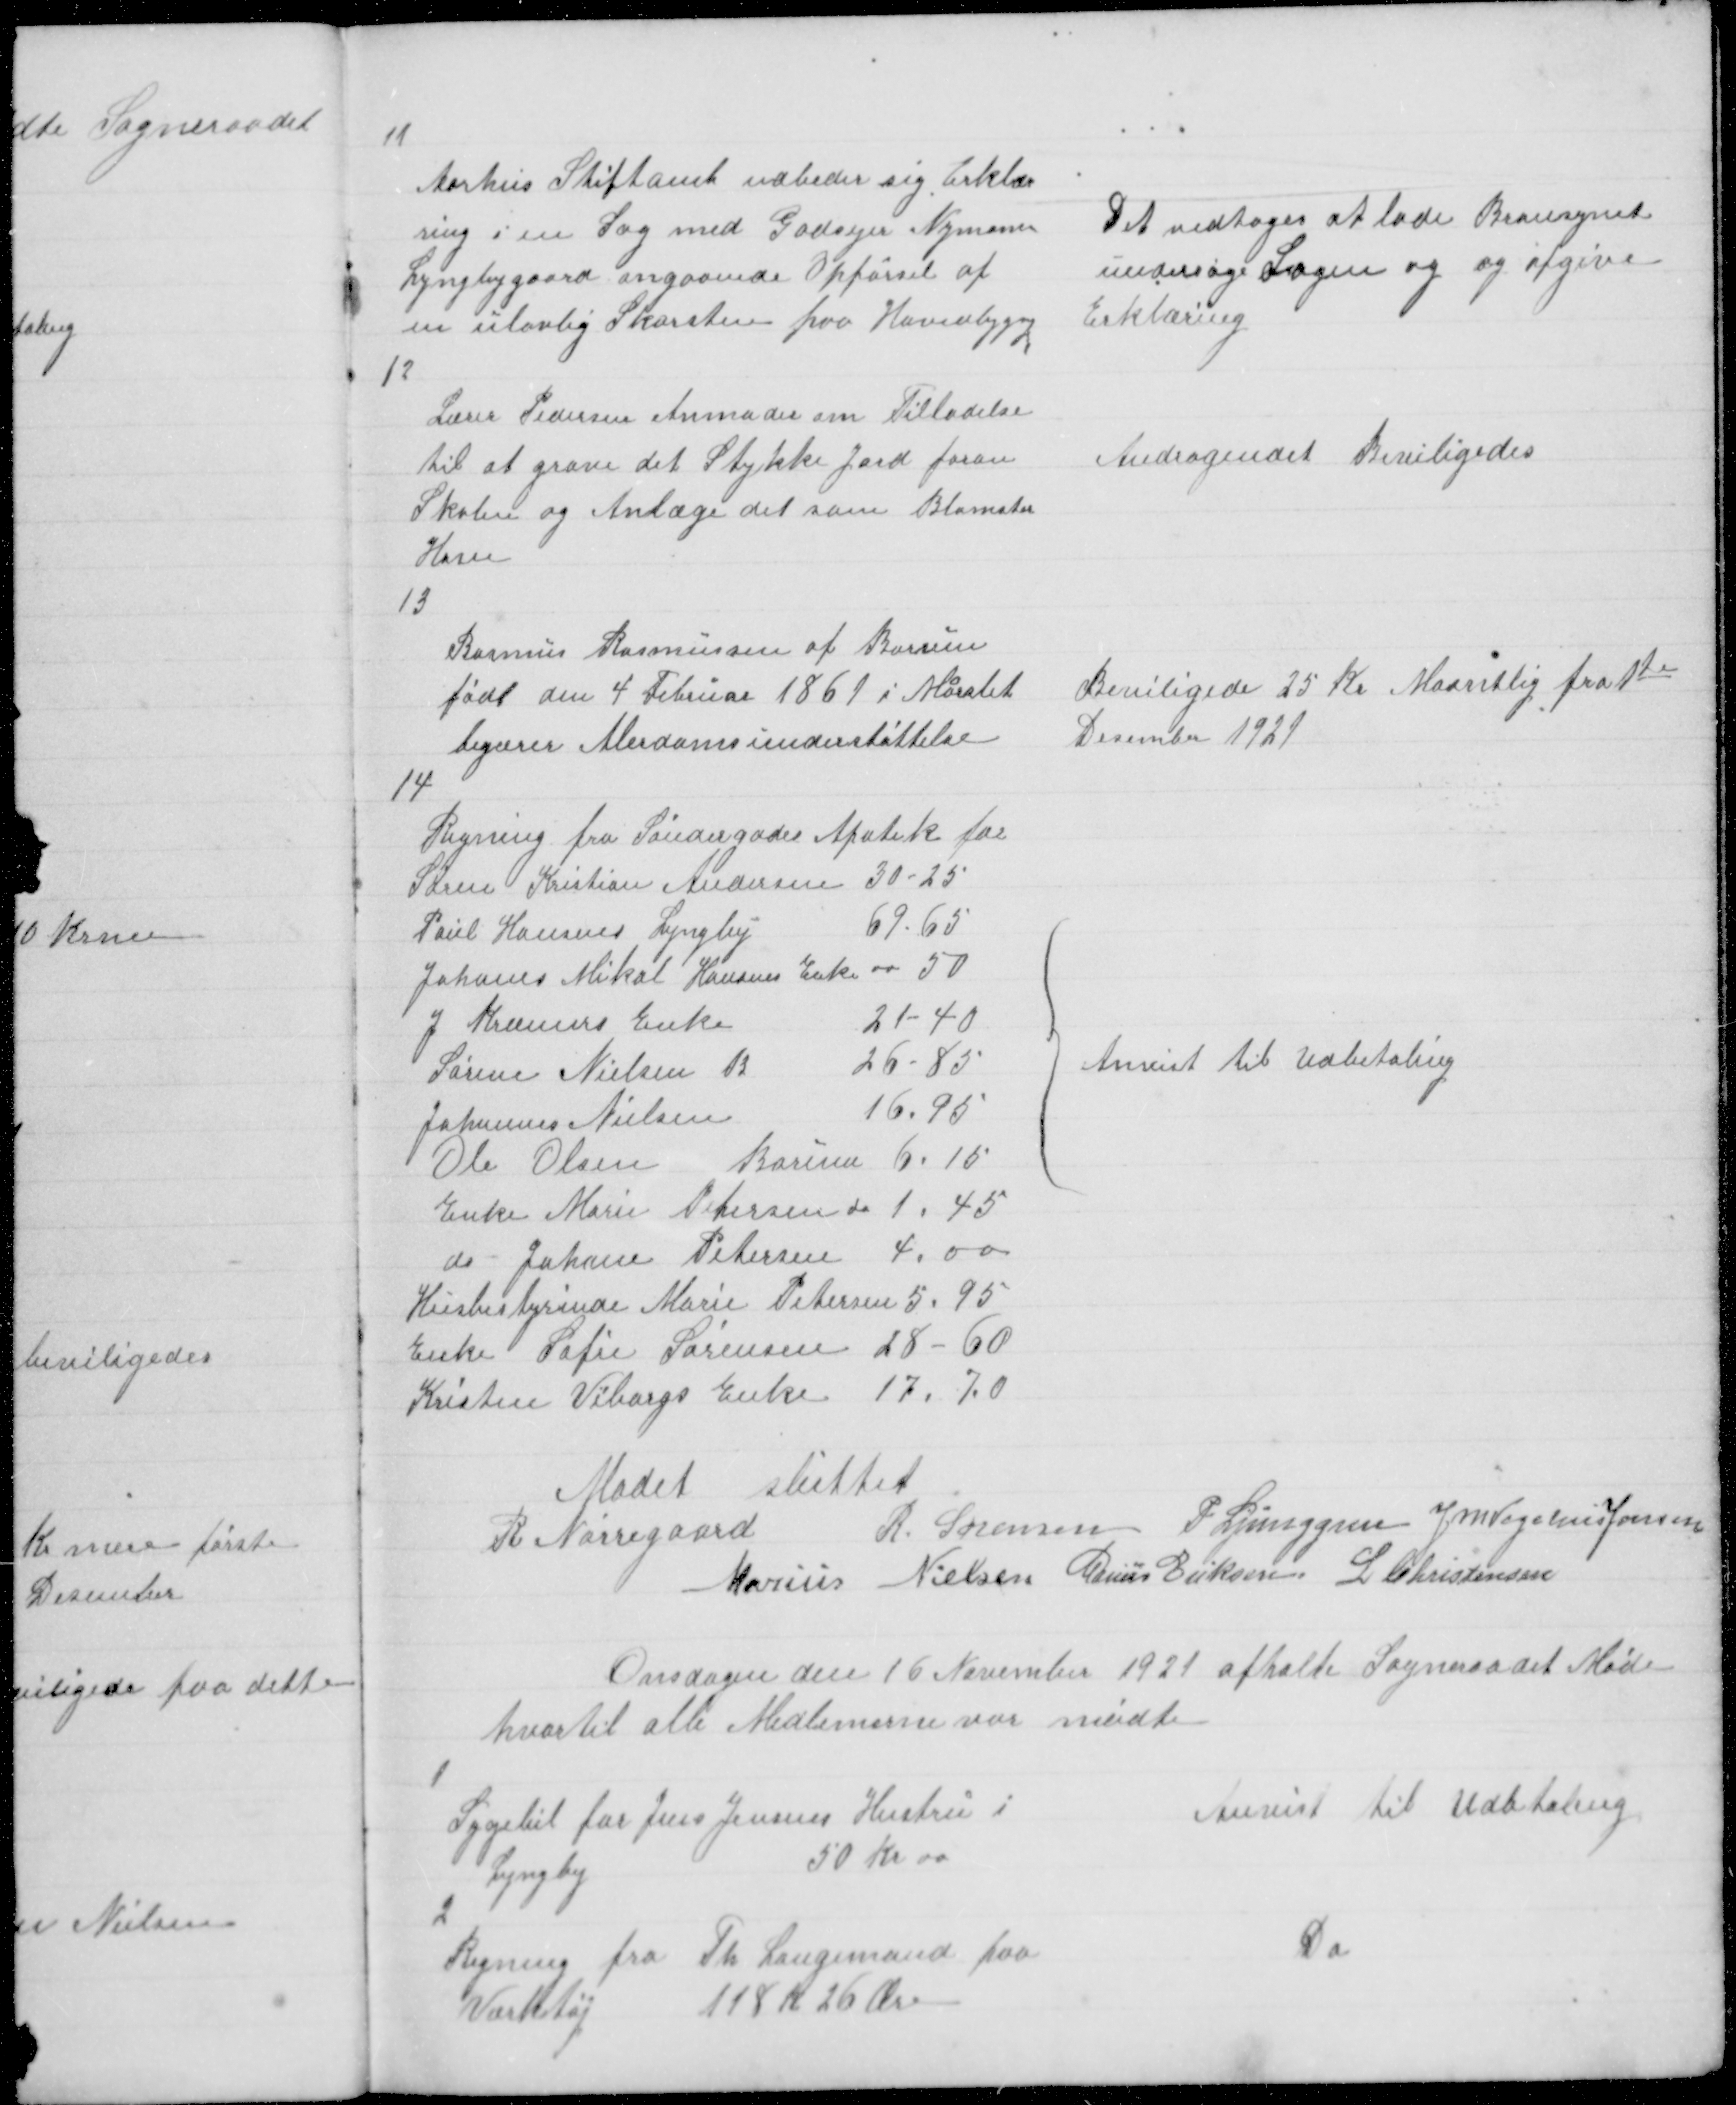
Transskription:
11

Aarhus Stiftamt udbeder sig Erklær
ring i en Sag med Godsejer Nymann
Lyngbygaard angaaende Opførsel af
en ulovlig Skorsten paa Hovedbygng

Det vedtoges at lade Bransynet
undersøge Sagen og og afgive
Erklæring

12

Lærer Pedersen Anmoder om Tilladelse
til at grave det Stykke Jord foran
Skolen og Anlæge det som Blomster
Have

Andragendet Beviligedes

13

Rasmus Rasmussen af Borum
født den 4 Februar 1861 i Marslet
begærer Alerdomsunderstøttelse

Beviligede 25 Kr Maantlig fra 1te
December 1921

14

Regning fra Søndergades Apotek for
Søren Kristian Andersen 30-25
Poul Hansens Lyngby
69.65
Johanes Mikal Hansens Enke 00 50
J Kræmers Enke
21-40
Sørine Nielsen B
26-85
Johannes Nielsen
16.95
Ole Olsen Borum 6.15
Enke Marie Petersen do 1.45
do Johane Petersen 4.00
Husbestyrinde Marie Petersen 5.95
Enke Sofie Sørensen 28-60
Kristen Viborgs Enke 17.70

Anvist til Udbetaling

Mødet sluttet
R Nørregaard
R Sørensen P Ljunggren J M Vogelius Jensen
Marius Nielsen Marius Eriksen L Christensen

Onsdagen den 16 November 1921 afholte Sogneraadet Møde
hvortil alle Medlemerne var mødte

1
Sygebil for Jens Jensens Hustru i
Lyngby
50 Kr 00

Anvist til Udbtaling

2
Regning fra Th Langemand paa
Værktøj
118 K 26 Øre

Do